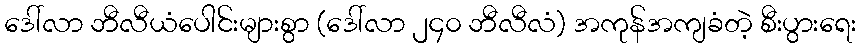
ဒေါ်လာ ဘီလီယံပေါင်းများစွာ (ဒေါ်လာ ၂၄၀ ဘီလီလံ) အကုန်အကျခံတဲ့ စီးပွားရေး